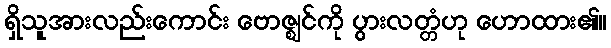
ရှိသူအားလည်းကောင်း ဗောဇ္ဈင်ကို ပွားလတ္တံဟု ဟောထား၏။